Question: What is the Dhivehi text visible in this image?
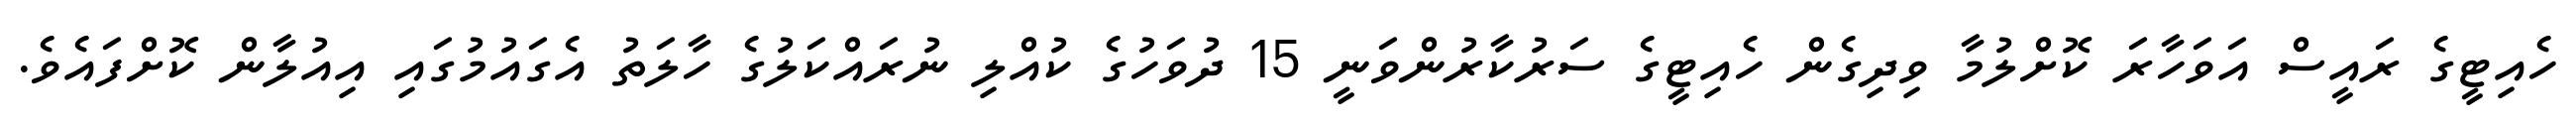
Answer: ހެއިޓީގެ ރައީސް އަވަހާރަ ކޮށްލުމާ ވިދިގެން ހެއިޓީގެ ސަރުކާރުންވަނީ 15 ދުވަހުގެ ކުއްލި ނުރައްކަލުގެ ހާލަތު އެގައުމުގައި އިއުލާން ކޮށްފައެވެ.